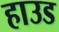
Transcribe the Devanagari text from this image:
हाउड